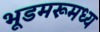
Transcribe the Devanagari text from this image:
भूडमरूमध्य